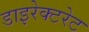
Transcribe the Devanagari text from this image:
डाइरेक्टरेट